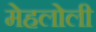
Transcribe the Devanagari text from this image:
मेहलोली